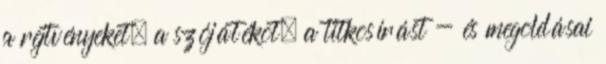
a rejtvényeket, a szójátékot, a titkosírást - és megoldásai